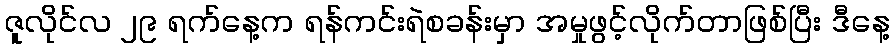
ဇူလိုင်လ ၂၉ ရက်နေ့က ရန်ကင်းရဲစခန်းမှာ အမှုဖွင့်လိုက်တာဖြစ်ပြီး ဒီနေ့